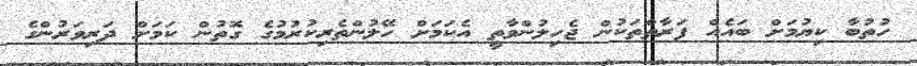
ހުތުބާ ކިޔުމަށް ބައެއް ފަރާތްތަކުން ޖެހިލުންވާތީ އެކަމަށް ހޭލުންތެރިކުރުމުގެ ގޮތުން ކަމަށް ދަރިވަރުންގެ